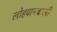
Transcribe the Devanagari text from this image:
लोहवानवाली